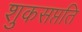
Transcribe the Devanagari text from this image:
शुकसप्तति